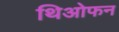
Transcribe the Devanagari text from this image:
थिओफन